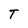
Character: T